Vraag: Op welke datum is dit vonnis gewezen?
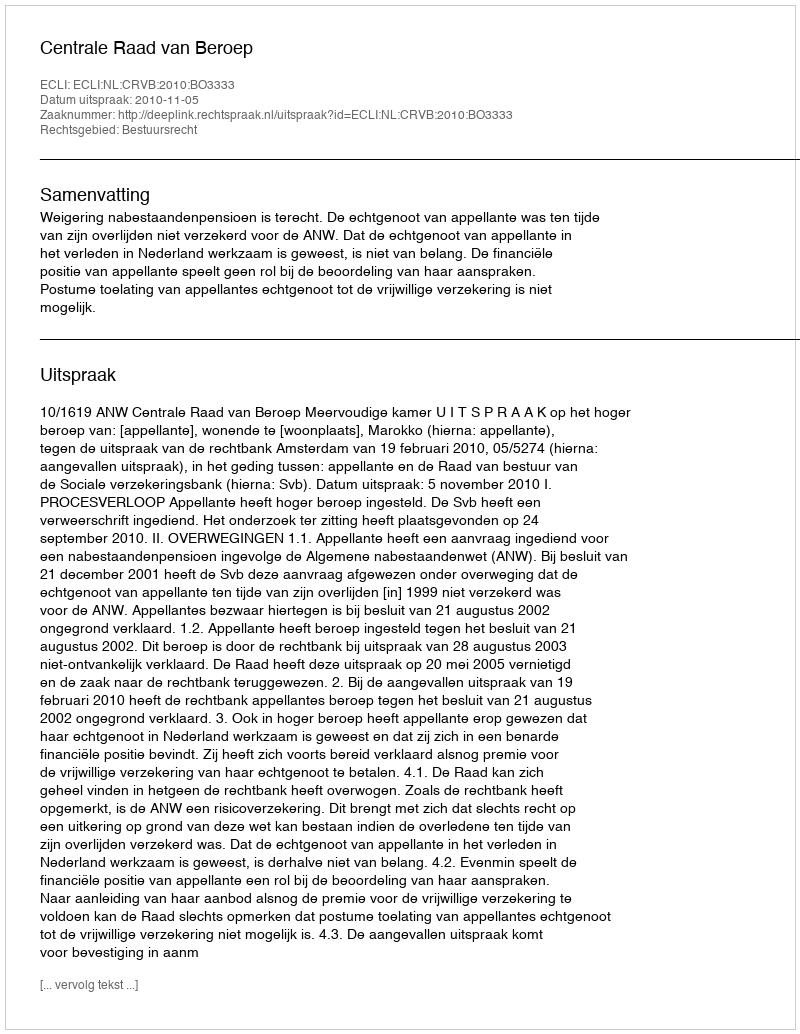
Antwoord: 2010-11-05